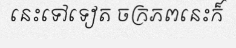
នេះទៅទៀត ចក្រភពនេះក៏